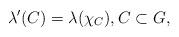
LaTeX: \begin{align*}\lambda'(C) = \lambda(\chi_C), C \subset G,\end{align*}